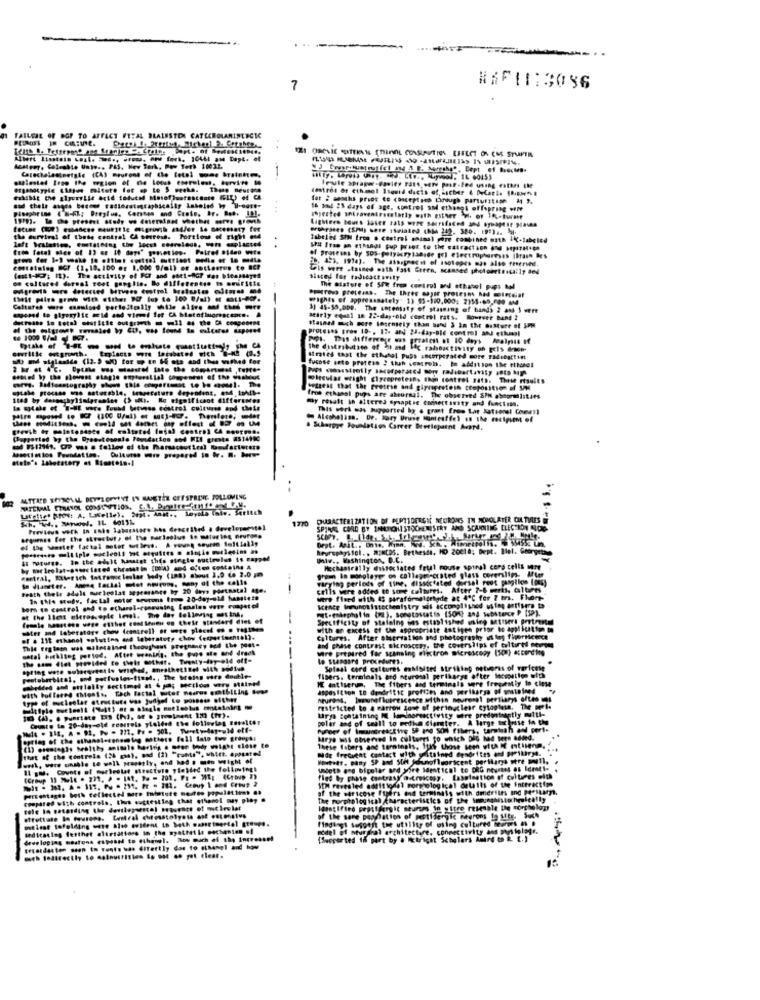
7
FAILURE OF BOF TO AFFECT FETAL BRAINSTOR CATECHOLAMINERGIC
fot 2 anoshs prios co conceptsca through partutitian 4 ).
Sh smil 25 days of age. control SM ethanet offspring welt
Lighters tours jaser rats were sacrificed and synapse gains
the eurvirat of these central CA seeress. Portions of sight en
.
Tabeles SIN free . control animal pore combined esta IX-labeled
UP# Itso on ethangi pup praet, to the extraction on Her.se
, 453, 1994). The assignecit of isotopes was also reserved.
Gis were .tained oath Fast Green, scanned photometercally and
os cultured dorsal roet ganglio. Bo differentso is emiri616
shared for radicact avily
Sparrows preteans. The Ihres wyle proteins IN mindia!
The Giatore of 50% from control and ethatol pups bal
chelt pilze grove with either PC7 (up to 300 0/11) e mus -. a.
wrights of appressaately" 13 55-190,000: 2351-60,000 6M4
31 45-55.000. The intensaty of stamning of bands 2 ast 1 vere
detresse in total sourisse buttrich o il as the Cl componene
atirly equal an 22-day-old control rats. However Band I
Proteses tros ID -, 17- and 24-day-Bid control and ethumpl
The distribution of Ji and Ac rahoactivity of gels drace-
MA) md siglaside (12. 9 ) tor up to H eta and thus withed for
Mirates that the ethudol puss ancorperated more radebattint
fucose ante pretese : thuh scatrois. In addition the ethanol
miteulas wright glycoprotein, thin control sats. These results
Potrest that the pretese and giprpretesn composition of S/M
1168 by dessaghylimipramine (> Mi. Mg significant differences
fros ethanol pups are absorsal. The observed SPM abegresistaes
may result in altered synaptic connectivity and functim.
This work was supported by a grant from Lar kateens! Comeil
Alcoholins. De. Jory Uruse somtesffel is the recipient of
( moltoted (mia)
& Scharpye Foundations Carrer Beetlepaint Ard.
..
002
Lafeltet Bros: A, Latelle). Sepis Anit ., leyska (nie. Seritch
CHARACTERIZATION OF PEPTIDERGI NEURONES TH HOWNOLATER CUL TURES OF
SPING CORD BY MARCHISTOCHEMISTRY AND SCANNING ELECTRON ALONG
heyraphyilcl. . MINCDS. Bethesda, 10 20018; Dept. Ilel. Georgetas
Univ .. Washington, D.C.
grow In monolaye on callaprescrited glass coversling. Ale
Mechanirally dassociated fetal rouse spinal cord cells were
So diameter. Anma facial let nwiruns, many of the calls
varying periods of time. dissocisted dorsal root pangilco (05)
Frath their adult surleolat sepresance by 20 days postnatal age.
--
cells were added to some culturei. After 7-6 merit. @altres
were flaed with 4S paraformaldehyde at 4"℃ for ? trs. Flere-
at the Ilet elerassople level. The day Believing mos ina,
bors to control and to echarel-consuming Canales vete coapet el
KEMe Immunohistochemistry sil accomplished wim artiuma to
att-galephalin (a), sonotostatis (50%) and Substance P (12).
female haustens were etthet contienen on their standard dies of
-
sites and laboratory chov (cantrell or ore place es . rigides
with an excess of the appropriate antigen prior to application to
Cultures. After obervation and photography ut les florscerca
Thie reg leon was eslerained throughout pregnancy bod the post.
setal bothiseg period. After woning, the pops ste and drack
and phase contrast microscesy, the coverslips of culture mount
Wire prepared for scanning electron microscopy (s) according
----
Solaal cord culturas eubisited Striking metiers of rerfcese
gabedded and ettlally sectimei at & p; section very stained
ME antiserum, The fibers and terminals sure fregatstiy to close
fibers. terminals and neuronal pertharge after Mocmetion with
with buffered ghosts, Each factal mater nosros emtbiling bose
asposition to dendritic profties and peribarge of gosteined
type of mucleslar atructure was Judged to possess afther
heurens, lownafluorescence within neurons! pertiary ofte mi
restricted to 4 Farrow Jose of perinuclear tytoglen. The perl
10 (4). . punstate ts (hi, se . grootment 137 (mr).
Comte to 20-day-old rearrels yielded the followtag #esalter
Urya Bontalning DE laminoreactivity were predominantly multi-
polar and of seall to pedia Ciantter. A large sichrise to the
Puroer of Imantreactive SP and SON fibers, tamtah a
Arya was observed In cultuers fo which Dis hed ten added.
that of the contrela (24 pas), und (2) "runt:", which. appusted
These fibers and turningis, luis those sen sita if ntusenm.
Mdr frecuent contact with meftained dendrites and prestarme.
Houtett, pany SP and Stel lounofluoricent perilargo pere mail.
uleth and bipolar and wire identical to ORG neurtes as Ideat1.
Il revesled additional morphological details of the interactim
fied by phase contrast autreicesy. Lasstention of cultures with
percentages both cellectel more mitute sentes populatims ..
of the saricose fibers end terminais with dendriles and perstay.
compared with controls, thus suchestleg chat ethanol may ploy .
The Forphplog ical characteristics of the immunghistochemically
cole lo pocosding the devilepovstal saveate of mcleolat
Identified presidergic meurses in vitro resemble the morpholog
meleat tofolding were also svident to both wastimeetal groups.
of the same poona
medicating festhet eltrtattors in the synthet le wochenion of
ndel of neurdhal architecture. connectivity am pst
developing mastons cupused to ethenel. Now Duch of the increase!
[Suoper ted In part by . Itright Schulers Aund to R. L. )
meh todirectly to malnutrition So sot o got eleat.